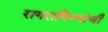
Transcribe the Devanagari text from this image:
रागरागिण्यांची